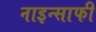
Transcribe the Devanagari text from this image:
नाइन्साफी